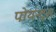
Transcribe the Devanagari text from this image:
पोयन्ट्‌स